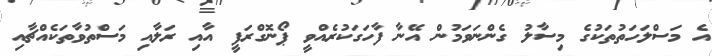
އެ މަސްްލަހަތުތަކުގެ މިސާލު ގެންނަވަމުން އޭނާ ފާހަގަކުރެއްވީ ޕޯނޮގްރަފީ އާއި ރަލާއި މަސްތުވާތަކެއްޗާއި